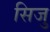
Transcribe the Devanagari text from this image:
सिजु